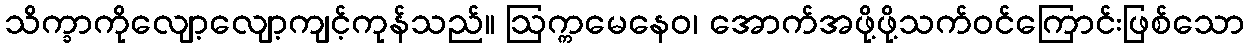
သိက္ခာကိုလျော့လျော့ကျင့်ကုန်သည်။ ဩက္ကမေနေဝ၊ အောက်အဖို့ဖို့သက်ဝင်ကြောင်းဖြစ်သော